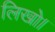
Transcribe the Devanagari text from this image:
लिखो।